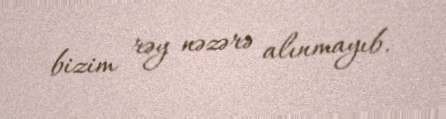
bizim rəy nəzərə alınmayıb.